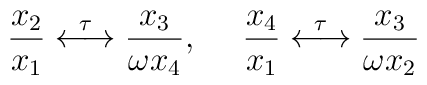
\frac{x_2}{x_1}\stackrel{\tau}{\longleftrightarrow}\frac{x_3}{\omega x_4},~{}~~~\frac{x_4}{x_1}\stackrel{\tau}{\longleftrightarrow}\frac{x_3}{\omega x_2}